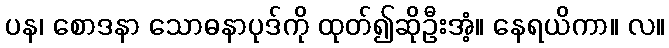
ပန၊ စောဒနာ သောဓနာပုဒ်ကို ထုတ်၍ဆိုဦးအံ့။ နေရယိကာ။ လ။